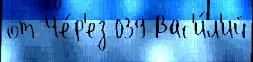
от Че́р'ез 039 Вас'и́л'ий